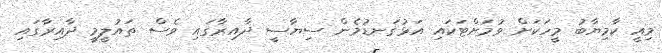
މިއީ ކާމިޔާބު މީހަކަށް ވުމަށްޓަކައި އަޅުގަނޑުމެން ސިޔާސީ ދާއިރާގައި ވެސް ތައުލީމީ ދާއިރާގައި